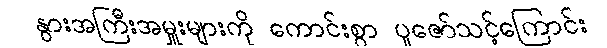
နွားအကြီးအမှူးများကို ကောင်းစွာ ပူဇော်သင့်ကြောင်း